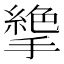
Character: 𢴭